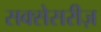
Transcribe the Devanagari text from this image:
सक्सेसरीज़